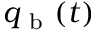
q _ { \mathrm { ~ b ~ } } ( t )